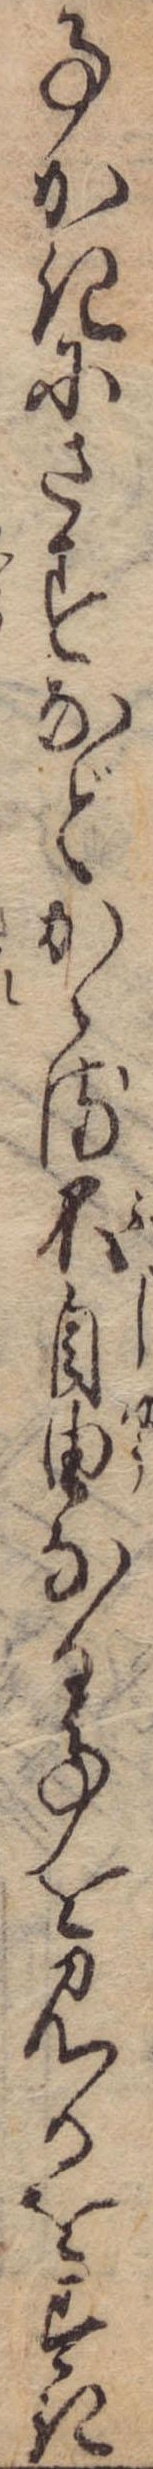
事かきにさすなどかゝる不自由なる事を見るをすき